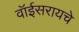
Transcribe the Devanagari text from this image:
वॉईसरायचे